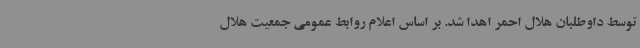
توسط داوطلبان هلال احمر اهدا شد. بر اساس اعلام روابط عمومی جمعیت هلال